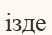
ізде